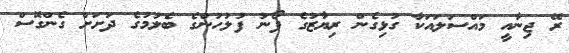
ރޭ ޖިނާއީ މައްސަލައަކާ ގުޅިގެން ރިޔާޒުގެ ފޯނު ފުލުހުންގެ ބެލުމުގެ ދަށަަށް ގެންގޮސް